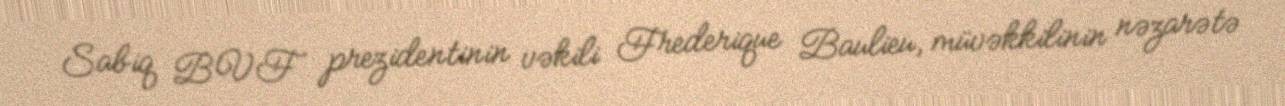
Sabiq BVF prezidentinin vəkili Frederique Baulieu, müvəkkilinin nəzarətə